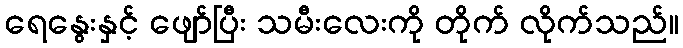
ရေနွေးနှင့် ဖျော်ပြီး သမီးလေးကို တိုက် လိုက်သည်။